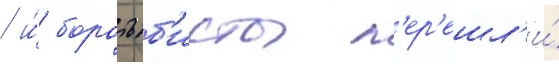
/ и́ боротьб'исты п'ер'ешл'и́